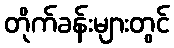
တိုက်ခန်းများတွင်